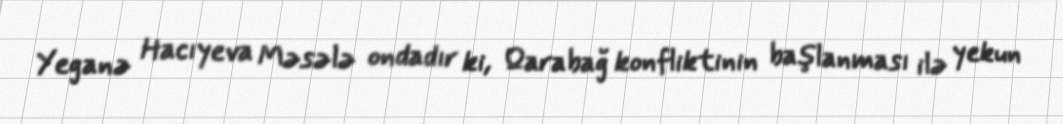
Yeganə Hacıyeva Məsələ ondadır ki, Qarabağ konfliktinin başlanması ilə yekun